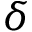
\delta